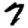
Digit: 7